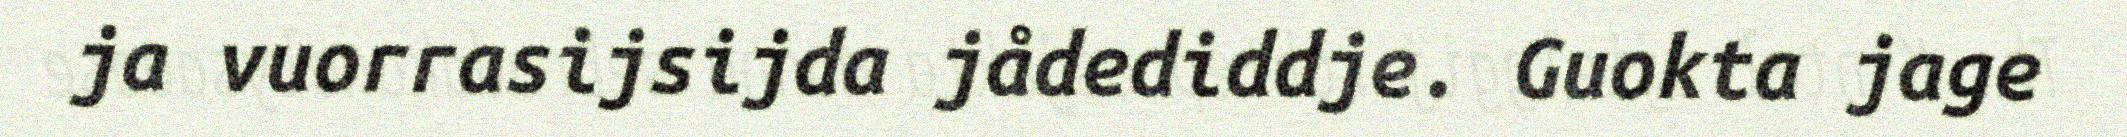
ja vuorrasijsijda jådediddje. Guokta jage